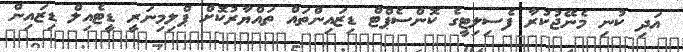
އަދި ކުނި މެނޭޖުކުރާ ފެސިލިޓީގެ ކޮންސެޕްޓް ޑިޒައިންތައް ތައްޔާރުކޮށް ޕްލިމިނަރީ ޑީޓެއިލް ޑިޒައިން